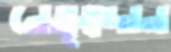
নেতৃত্বদান